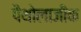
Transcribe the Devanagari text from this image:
पैथोलाजीक